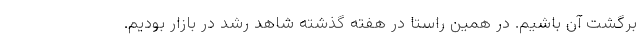
برگشت آن باشیم. در همین راستا در هفته گذشته شاهد رشد در بازار بودیم.